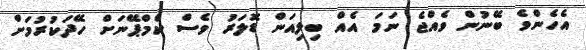
އެހެންވެ ބޭނުން ވެއްޖެ ނަމަ އެއް ބިލިއަން ޑޮލަރު ވެސް ކެމްޕޭނަށް ހޭދަކުރުމަށް